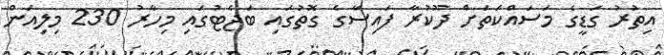
އިތުރު ގަޑީގެ މަސައްކަތަށް ދޫކުރާ ފައިސާގެ ގޮތުގައި ބަޖެޓުގައި މިހާރު 230 މިލިއަން